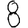
Digit: 8